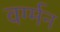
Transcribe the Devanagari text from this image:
वर्ग्मन